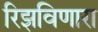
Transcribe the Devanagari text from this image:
रिझविणारा